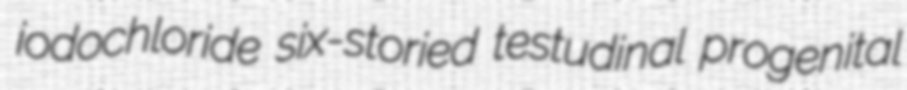
iodochloride six-storied testudinal progenital